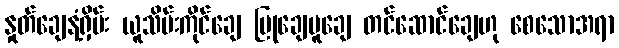
နှုတ်ချေနံ့ရှိမ်း ယူသိမ်းကိုင်ချေ ပြုချေမူချေ တင်ဆောင်ချေဟု စေသောအရာ